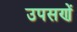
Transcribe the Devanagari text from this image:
उपसणें